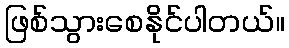
ဖြစ်သွားစေနိုင်ပါတယ်။